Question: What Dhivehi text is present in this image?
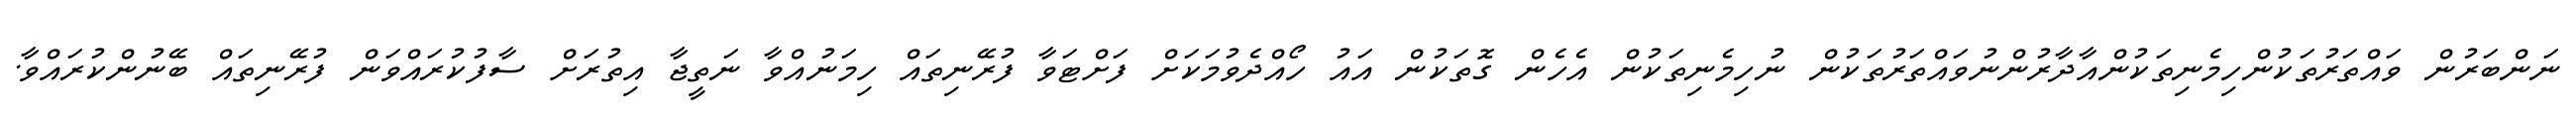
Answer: ނަންބަރުން ވައްތަރުތަކުންހިމެނިތަކުންއާދާރުންނުވައްތަރުތަކުން ނުހިމެނިތަކުން އެހެން ގޮތަކުން އައު ހޯއްދެވުމަކަށް ފަށްޓަވާ ފުރޭނިތައް ހިމަނުއްވާ ނަތީޖާ އިތުރަށް ސާފުކުރައްވަން ފުރޭނިތައް ބޭނުންކުރައްވާ.